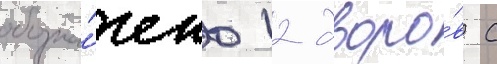
обозна́чено 12 дворо́в с